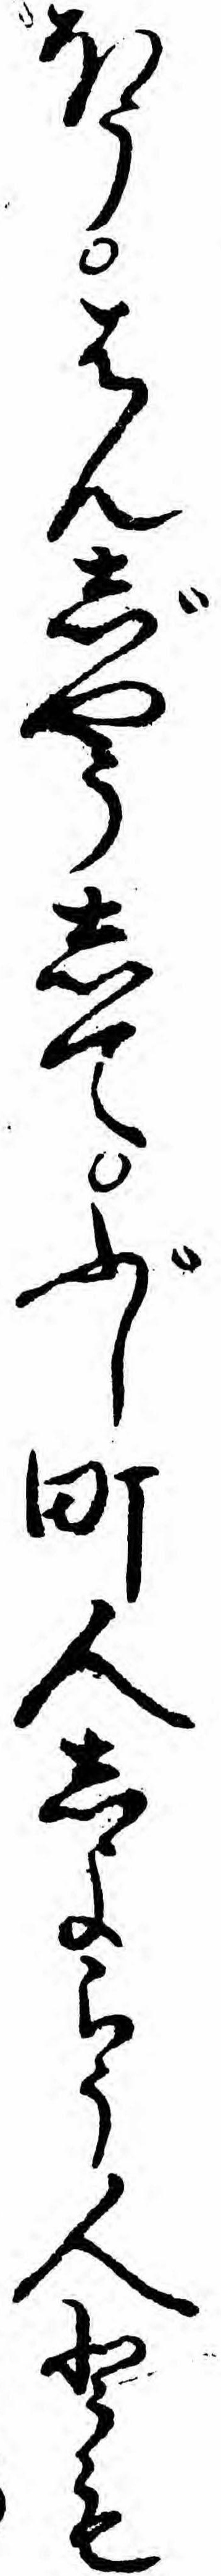
ほうはんじやうしてぶし町人しよらう人とも